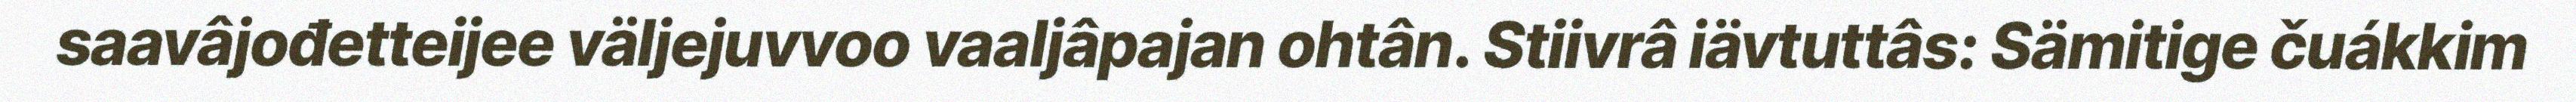
saavâjođetteijee väljejuvvoo vaaljâpajan ohtân. Stiivrâ iävtuttâs: Sämitige čuákkim